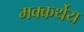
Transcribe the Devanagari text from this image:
मक्कर्थेय